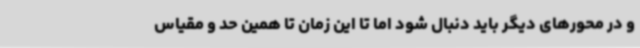
و در محورهای دیگر باید دنبال شود اما تا این زمان تا همین حد و مقیاس